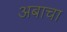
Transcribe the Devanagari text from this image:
अबाचा